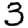
Digit: 3